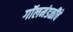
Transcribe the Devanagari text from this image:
गॉलमंडळींचे